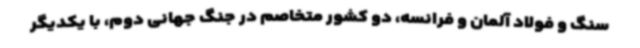
سنگ و فولاد آلمان و فرانسه، دو کشور متخاصم در جنگ جهانی دوم، با یکدیگر